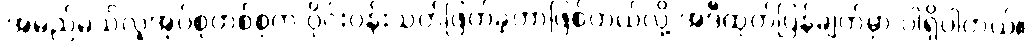
အမည်မသိလူအုပ်စုတစ်စုက ဝိုင်းဝန်းသတ်ဖြတ်ခဲ့တာဖြစ်တယ်လို့ အဲဒီထုတ်ပြန်ချက်မှာ ပါရှိပါတယ်။